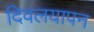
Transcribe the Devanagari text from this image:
दिवलयापन